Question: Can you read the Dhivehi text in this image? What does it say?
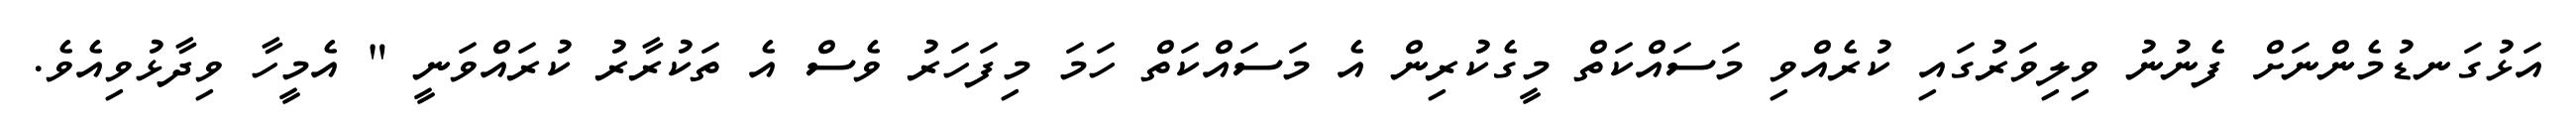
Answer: އަޅުގަނޑުމެންނަށް ފެނުނު ވިލިވަރުގައި ކުރެއްވި މަސައްކަތް މީގެކުރިން އެ މަސައްކަތް ހަމަ މިފަހަރު ވެސް އެ ތަކުރާރު ކުރައްވަނީ " އެމީހާ ވިދާޅުވިއެވެ.